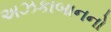
અઝકાબાનનો